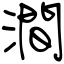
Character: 澗